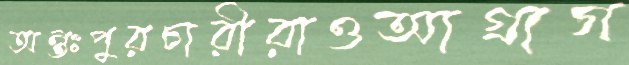
অন্তঃপুরচারীরাওআগ্রাগ